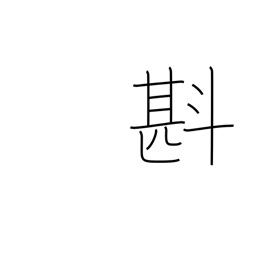
Meaning: estimate